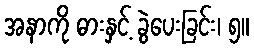
အနာကို ဓားနှင့် ခွဲပေးခြင်း၊ ၅။